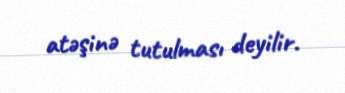
atəşinə tutulması deyilir.